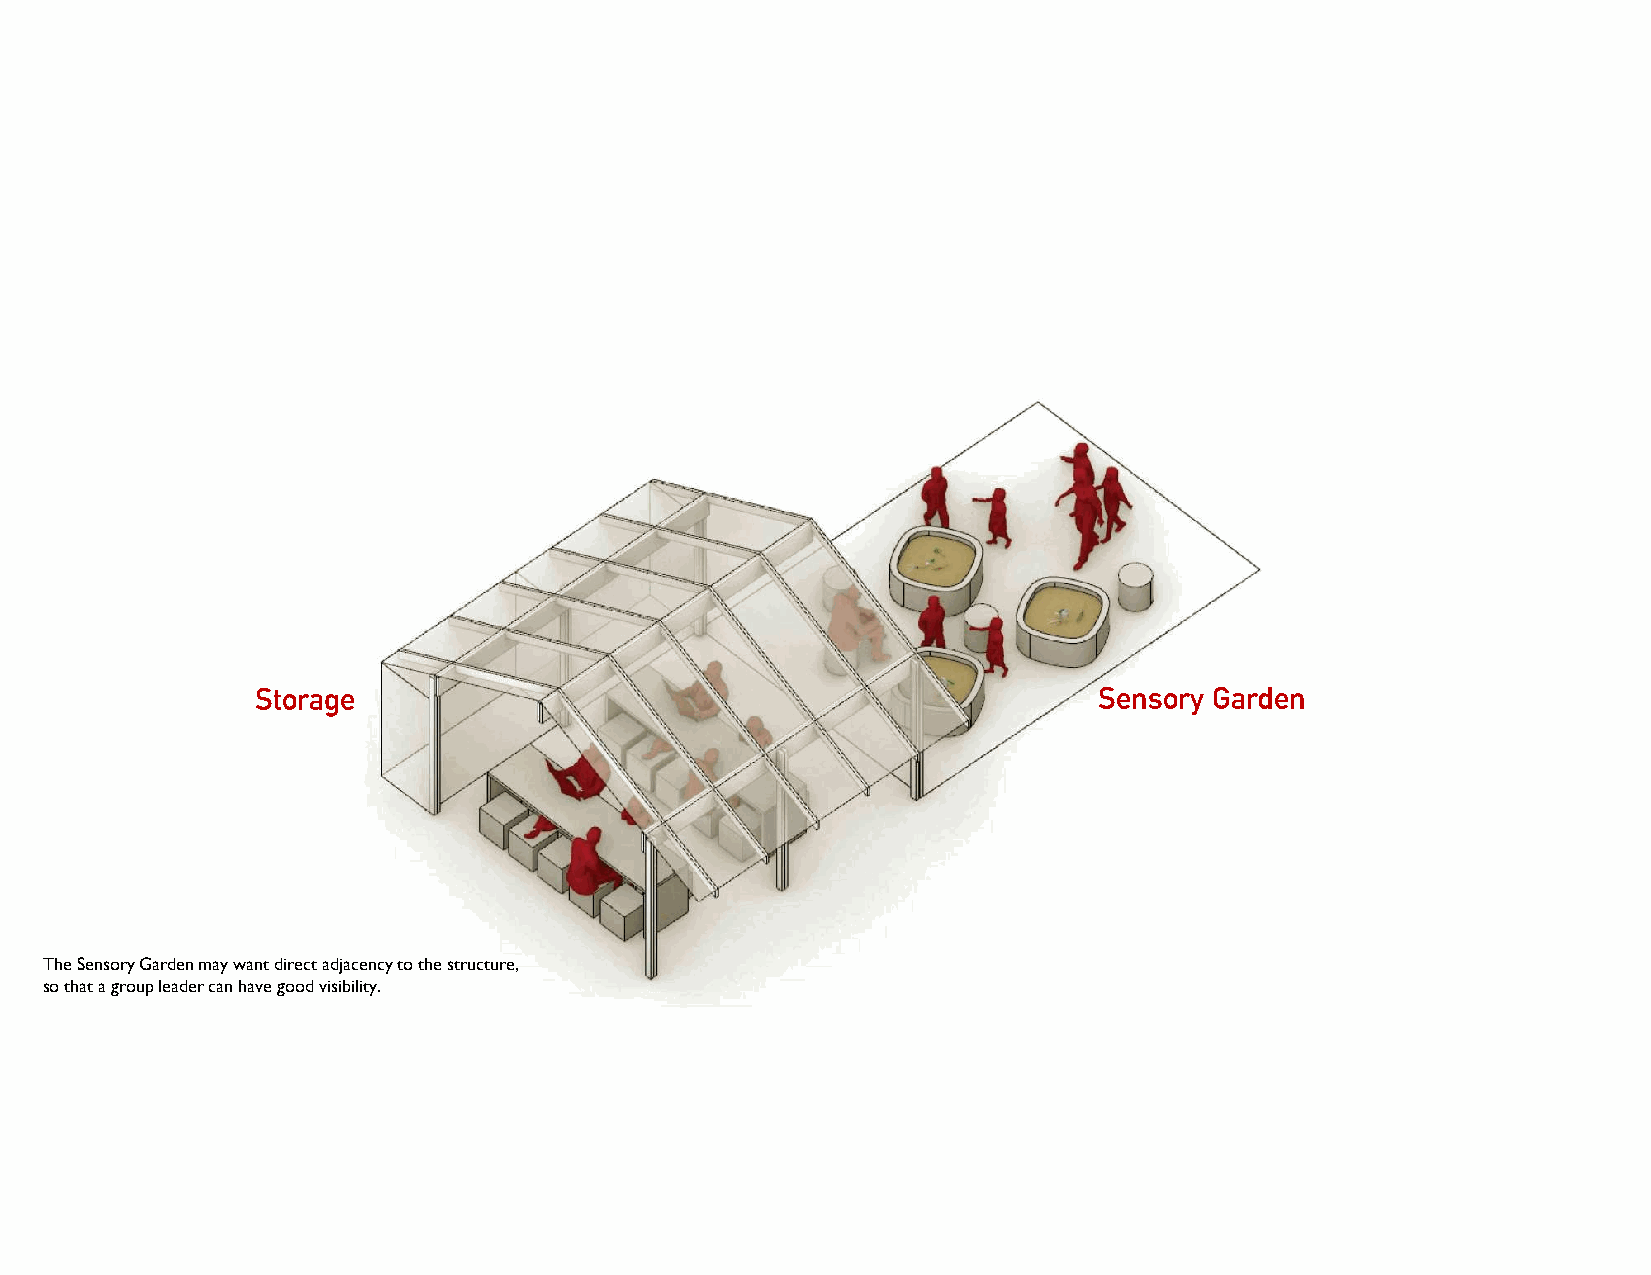
Storage                                                 Sensory Garden
 The Sensory Garden may want direct adjacency to the structure,
 so that a group leader can have good visibility.